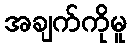
အချက်ကိုမူ